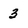
Character: 3